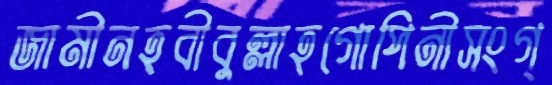
জামীনহবীবুল্লাহগোপিনীসংগ্